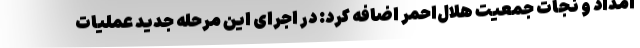
امداد و نجات جمعیت هلال‌احمر اضافه کرد: در اجرای این مرحله جدید عملیات